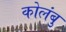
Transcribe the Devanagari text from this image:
कोलंबु